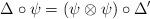
LaTeX: \begin{align*}\Delta \circ \psi = (\psi \otimes \psi) \circ \Delta'\end{align*}